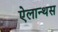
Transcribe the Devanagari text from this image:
ऐलान्थस